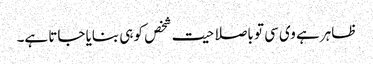
ظاہر ہے وی سی تو باصلاحیت شخص کو ہی بنایا جاتا ہے۔